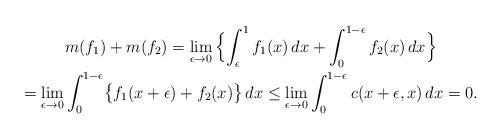
LaTeX: \begin{gather*}m(f_1)+m(f_2)=\lim_{\epsilon\rightarrow 0}\,\Bigl\{\int_\epsilon^1f_1(x)\,dx+\int_0^{1-\epsilon}f_2(x)\,dx\Bigr\}\\=\lim_{\epsilon\rightarrow 0}\int_0^{1-\epsilon}\bigl\{f_1(x+\epsilon)+f_2(x)\bigr\}\,dx\le\lim_{\epsilon\rightarrow 0}\int_0^{1-\epsilon}c(x+\epsilon,x)\,dx=0.\end{gather*}